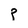
Character: P